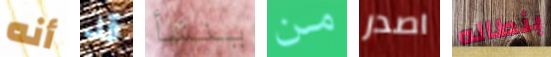
أنه قد ينشأ من اصدر بنطاله